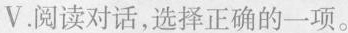
V.阅读对话,选择正确的一项。